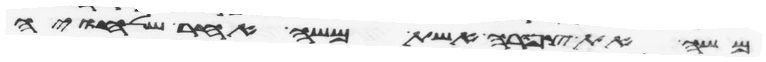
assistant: משה את צפורה אשת משה אחר שלחיה